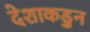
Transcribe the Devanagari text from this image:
देशाकडुन